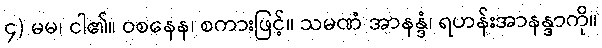
၄) မမ၊ ငါ၏။ ဝစနေန၊ စကားဖြင့်။ သမဏံ အာနန္ဒံ၊ ရဟန်းအာနန္ဒာကို။